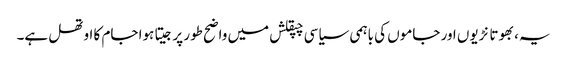
یہ، بھوتا نڑیوں اور جاموں کی باہمی سیاسی چپقلش میں واضح طور پر جیتا ہوا جام کا اوتھل ہے۔